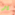
ير